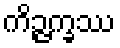
ကိဉ္ဇက္ခဿ